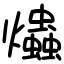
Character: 爞